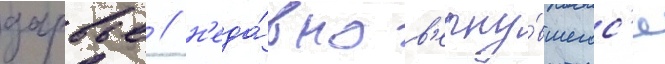
дарвье / н'еда́вно в'ерну́вшегос'я